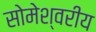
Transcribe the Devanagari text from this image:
सोमेश्वरीय